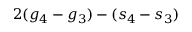
2 ( g _ { 4 } - g _ { 3 } ) - ( s _ { 4 } - s _ { 3 } )